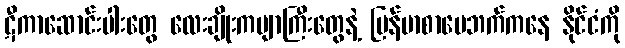
ဋီကာဆောင်းပါးတွေ လေးချိုးကဗျာကြီးတွေနဲ့ မြန်မာစာပေဘက်ကနေ နိုင်ငံကို